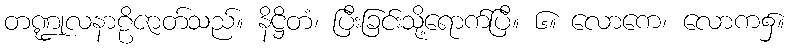
တဏ္ဍုလနာဠိဇာတ်သည်။ နိဋ္ဌိတံ၊ ပြီးခြင်းသို့ရောက်ပြီ။ ၆။ လောကေ၊ လောက၌။